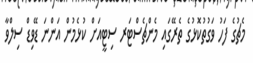
މެޗުގެ ފަހު ވަގުތުކޮޅުގެ ތެރޭގައި މެންޗެސްޓަރ ސިޓީއަށް ކުޅެމުން އަންނަ ޑޭވިޑް ސިލްވާ